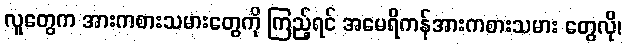
လူတွေက အားကစားသမားတွေကို ကြည့်ရင် အမေရိကန်အားကစားသမား တွေလို၊